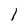
Character: 1